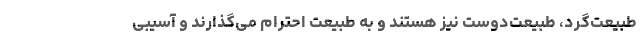
طبیعت‌گرد، طبیعت‌دوست نیز هستند و به طبیعت احترام می‌گذارند و آسیبی